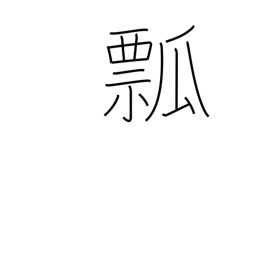
Meaning: gourd